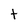
Character: t